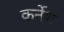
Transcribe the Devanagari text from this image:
कर्नेश